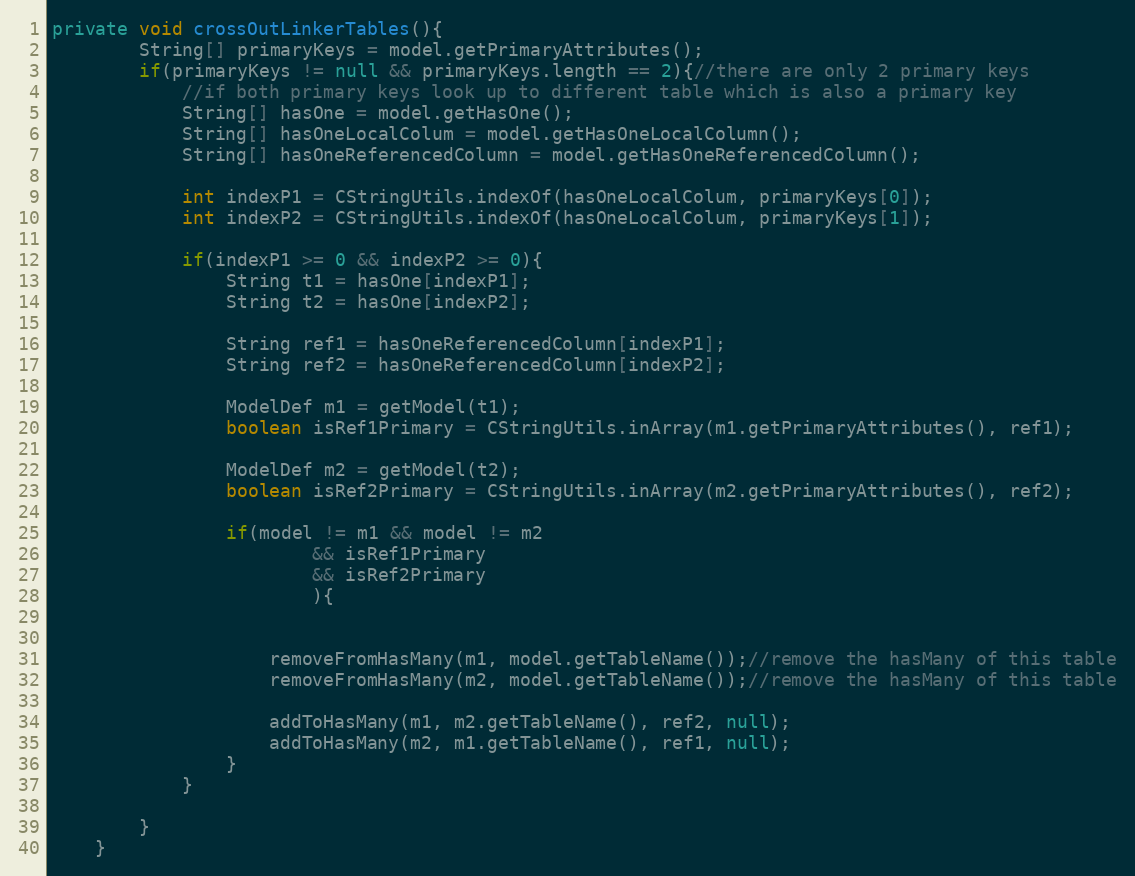
Language: Java
private void crossOutLinkerTables(){
		String[] primaryKeys = model.getPrimaryAttributes();
		if(primaryKeys != null && primaryKeys.length == 2){//there are only 2 primary keys
			//if both primary keys look up to different table which is also a primary key
			String[] hasOne = model.getHasOne();
			String[] hasOneLocalColum = model.getHasOneLocalColumn();
			String[] hasOneReferencedColumn = model.getHasOneReferencedColumn();

			int indexP1 = CStringUtils.indexOf(hasOneLocalColum, primaryKeys[0]);
			int indexP2 = CStringUtils.indexOf(hasOneLocalColum, primaryKeys[1]);

			if(indexP1 >= 0 && indexP2 >= 0){
				String t1 = hasOne[indexP1];
				String t2 = hasOne[indexP2];

				String ref1 = hasOneReferencedColumn[indexP1];
				String ref2 = hasOneReferencedColumn[indexP2];

				ModelDef m1 = getModel(t1);
				boolean isRef1Primary = CStringUtils.inArray(m1.getPrimaryAttributes(), ref1);

				ModelDef m2 = getModel(t2);
				boolean isRef2Primary = CStringUtils.inArray(m2.getPrimaryAttributes(), ref2);

				if(model != m1 && model != m2
						&& isRef1Primary
						&& isRef2Primary
						){

					removeFromHasMany(m1, model.getTableName());//remove the hasMany of this table
					removeFromHasMany(m2, model.getTableName());//remove the hasMany of this table

					addToHasMany(m1, m2.getTableName(), ref2, null);
					addToHasMany(m2, m1.getTableName(), ref1, null);
				}
			}

		}
	}